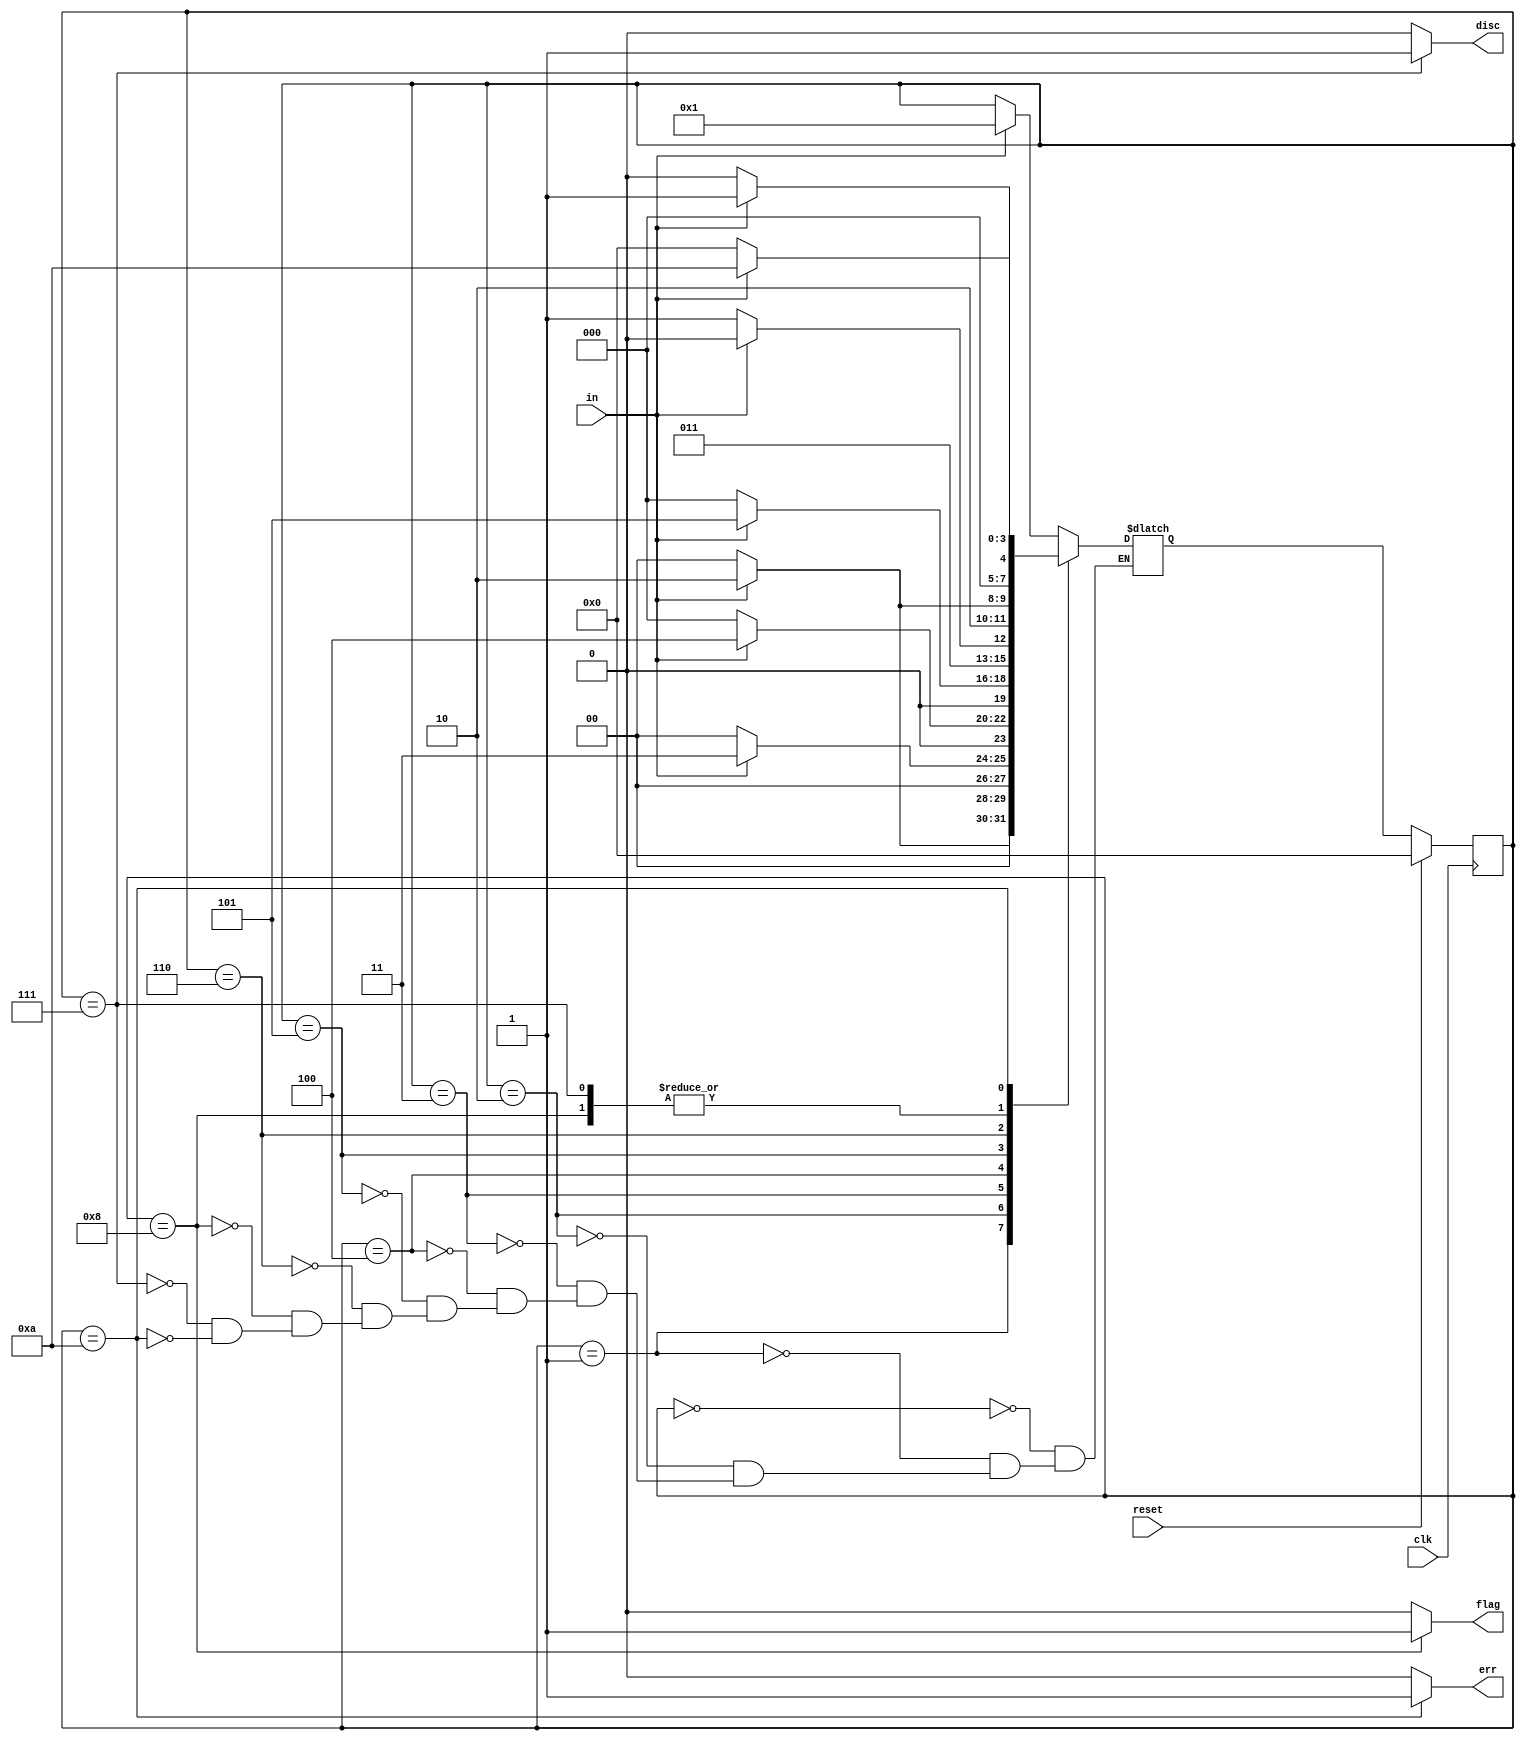
module top_module(
    input clk,
    input reset,    // Synchronous reset
    input in,
    output disc,
    output flag,
    output err);
    parameter first =0,second =1,third=2,fourth =3,fifth=4,sixth = 5,hdlc=6,discc=7,hdlc_detect=8,detect_error=10;
    reg [3:0] state,next_state;
    reg [2:0] counter ;
    always@(posedge clk) begin
        if(reset)
            state <= first;
        else
            state <= next_state;
    end
    
   
    
    always@(*) begin
        case(state)
            first:
                begin
                if(in)
                    next_state = second;
            	else
                    next_state = state;
                end
            second:
                 begin
                if(in)
                    next_state = third;
            	else
                    next_state = first;
                end
            third:
                 begin
                if(in)
                    next_state = fourth;
            	else
                    next_state = first;
                end
            fourth:
                 begin
                if(in)
                    next_state = fifth;
            	else
                    next_state = first;
                end
            fifth:
                begin
                if(in)
                    next_state = sixth;
            	else
                    next_state = first;
                end
            sixth:
                begin
                if(in)
                    next_state = hdlc;
            	else
                    next_state = discc;
                end
            hdlc:
                begin
                if(in)
                    next_state = detect_error;
            	else
                    next_state = hdlc_detect;
                end
            hdlc_detect:
                begin
                    if(in)
                        next_state = second;
                    else
                        next_state = first;
                end
            discc:
                begin
                    if(in)
                        next_state = second;
                    else
                        next_state = first;  
                end
            detect_error:
                begin
                    if(in)
                        next_state = detect_error;
                    else
                        next_state = first;
                end
            
        endcase
    end
    
    assign disc = (state == discc) ? 1:0;
    assign flag = (state == hdlc_detect)? 1:0;
    assign err = (state == detect_error)? 1:0;
                
                
            
                
                
            
            

endmodule